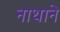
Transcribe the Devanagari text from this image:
नाथाने